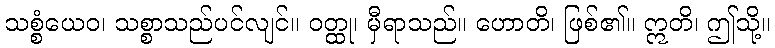
သစ္စံယေဝ၊ သစ္စာသည်ပင်လျင်။ ဝတ္ထု၊ မှီရာသည်။ ဟောတိ၊ ဖြစ်၏။ ဣတိ၊ ဤသို့။